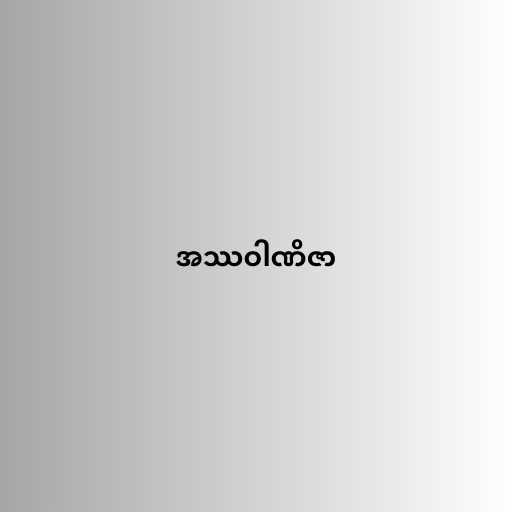
အဿဝါဏိဇာ